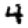
Digit: 4